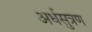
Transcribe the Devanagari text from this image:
अर्धसुत्रण